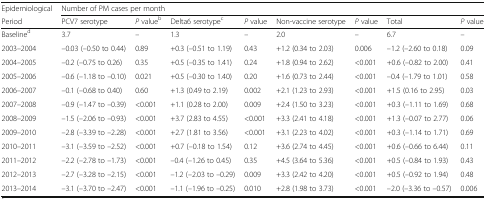
<table><thead><tr><td><b>Epidemiological</b></td><td colspan="8"><b>Number of PM cases per month</b></td></tr><tr><td><b>Period</b></td><td><b>PCV7 serotype</b></td><td><b><i>P</i> value<sup>b</sup></b></td><td><b>Delta6 serotype<sup>c</sup></b></td><td><b><i>P</i> value</b></td><td><b>Non-vaccine serotype</b></td><td><b><i>P</i> value</b></td><td><b>Total</b></td><td><b><i>P</i> value</b></td></tr></thead><tbody><tr><td>Baseline<sup>d</sup></td><td>3.7</td><td>–</td><td>1.3</td><td>–</td><td>2.0</td><td>–</td><td>6.7</td><td>–</td></tr><tr><td>2003–2004</td><td>–0.03 (–0.50 to 0.44)</td><td>0.89</td><td>+0.3 (–0.51 to 1.19)</td><td>0.43</td><td>+1.2 (0.34 to 2.03)</td><td>0.006</td><td>–1.2 (–2.60 to 0.18)</td><td>0.09</td></tr><tr><td>2004–2005</td><td>–0.2 (–0.75 to 0.26)</td><td>0.35</td><td>+0.5 (–0.35 to 1.41)</td><td>0.24</td><td>+1.8 (0.94 to 2.62)</td><td>&lt;0.001</td><td>+0.6 (–0.82 to 2.00)</td><td>0.41</td></tr><tr><td>2005–2006</td><td>–0.6 (–1.18 to –0.10)</td><td>0.021</td><td>+0.5 (–0.30 to 1.40)</td><td>0.20</td><td>+1.6 (0.73 to 2.44)</td><td>&lt;0.001</td><td>–0.4 (–1.79 to 1.01)</td><td>0.58</td></tr><tr><td>2006–2007</td><td>–0.1 (–0.68 to 0.40)</td><td>0.60</td><td>+1.3 (0.49 to 2.19)</td><td>0.002</td><td>+2.1 (1.23 to 2.93)</td><td>&lt;0.001</td><td>+1.5 (0.16 to 2.95)</td><td>0.03</td></tr><tr><td>2007–2008</td><td>–0.9 (–1.47 to –0.39)</td><td>&lt;0.001</td><td>+1.1 (0.28 to 2.00)</td><td>0.009</td><td>+2.4 (1.50 to 3.23)</td><td>&lt;0.001</td><td>+0.3 (–1.11 to 1.69)</td><td>0.68</td></tr><tr><td>2008–2009</td><td>–1.5 (–2.06 to –0.93)</td><td>&lt;0.001</td><td>+3.7 (2.83 to 4.55)</td><td>&lt;0.001</td><td>+3.3 (2.41 to 4.18)</td><td>&lt;0.001</td><td>+1.3 (–0.07 to 2.77)</td><td>0.06</td></tr><tr><td>2009–2010</td><td>–2.8 (–3.39 to –2.28)</td><td>&lt;0.001</td><td>+2.7 (1.81 to 3.56)</td><td>&lt;0.001</td><td>+3.1 (2.23 to 4.02)</td><td>&lt;0.001</td><td>+0.3 (–1.14 to 1.71)</td><td>0.69</td></tr><tr><td>2010–2011</td><td>–3.1 (–3.59 to –2.52)</td><td>&lt;0.001</td><td>+0.7 (–0.18 to 1.54)</td><td>0.12</td><td>+3.6 (2.74 to 4.45)</td><td>&lt;0.001</td><td>+0.6 (–0.66 to 6.44)</td><td>0.11</td></tr><tr><td>2011–2012</td><td>–2.2 (–2.78 to –1.73)</td><td>&lt;0.001</td><td>–0.4 (–1.26 to 0.45)</td><td>0.35</td><td>+4.5 (3.64 to 5.36)</td><td>&lt;0.001</td><td>+0.5 (–0.84 to 1.93)</td><td>0.43</td></tr><tr><td>2012–2013</td><td>–2.7 (–3.28 to –2.15)</td><td>&lt;0.001</td><td>–1.2 (–2.03 to –0.29)</td><td>0.009</td><td>+3.3 (2.42 to 4.20)</td><td>&lt;0.001</td><td>+0.5 (–0.92 to 1.94)</td><td>0.48</td></tr><tr><td>2013–2014</td><td>–3.1 (–3.70 to –2.47)</td><td>&lt;0.001</td><td>–1.1 (–1.96 to –0.25)</td><td>0.010</td><td>+2.8 (1.98 to 3.73)</td><td>&lt;0.001</td><td>–2.0 (–3.36 to –0.57)</td><td>0.006</td></tr></tbody></table>